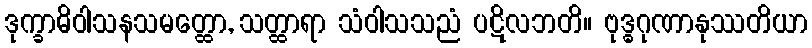
ဒုက္ခာဓိဝါသနသမတ္ထော, သတ္ထာရာ သံဝါသသညံ ပဋိလဘတိ။ ဗုဒ္ဓဂုဏာနုဿတိယာ